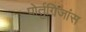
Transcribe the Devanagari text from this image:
पोर्तुगिजांस